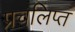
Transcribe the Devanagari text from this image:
प्रचलिप्त